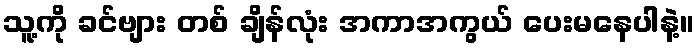
သူ့ကို ခင်ဗျား တစ် ချိန်လုံး အကာအကွယ် ပေးမနေပါနဲ့။